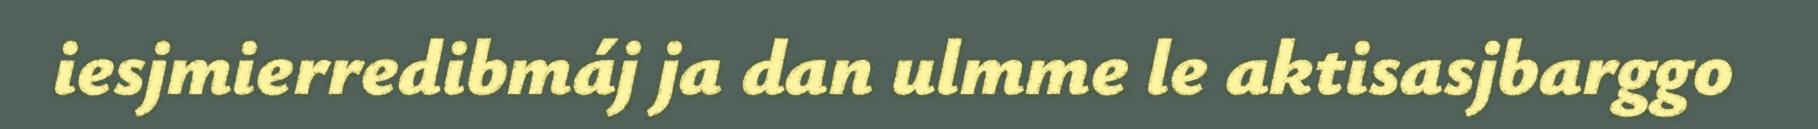
iesjmierredibmáj ja dan ulmme le aktisasjbarggo